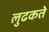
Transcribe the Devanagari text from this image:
लुढकते